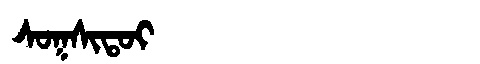
Manchu: ᠰᠣᡴᠰᡳᡨᠣᡳ
Romanization: SOKSITOI